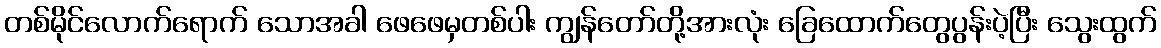
တစ်မိုင်လောက်ရောက် သောအခါ ဖေဖေမှတစ်ပါး ကျွန်တော်တို့အားလုံး ခြေထောက်တွေပွန်းပဲ့ပြီး သွေးထွက်